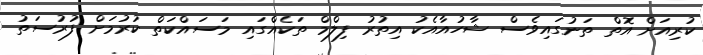
ކުރިއަށް އޮތް ތަނުގައިވެސް ޝާހުއާއެކު އިތުރު ފިލްމް ތަކެއްގައި މަސައްކަތް ކުރުމަށް ފުރުސަތު